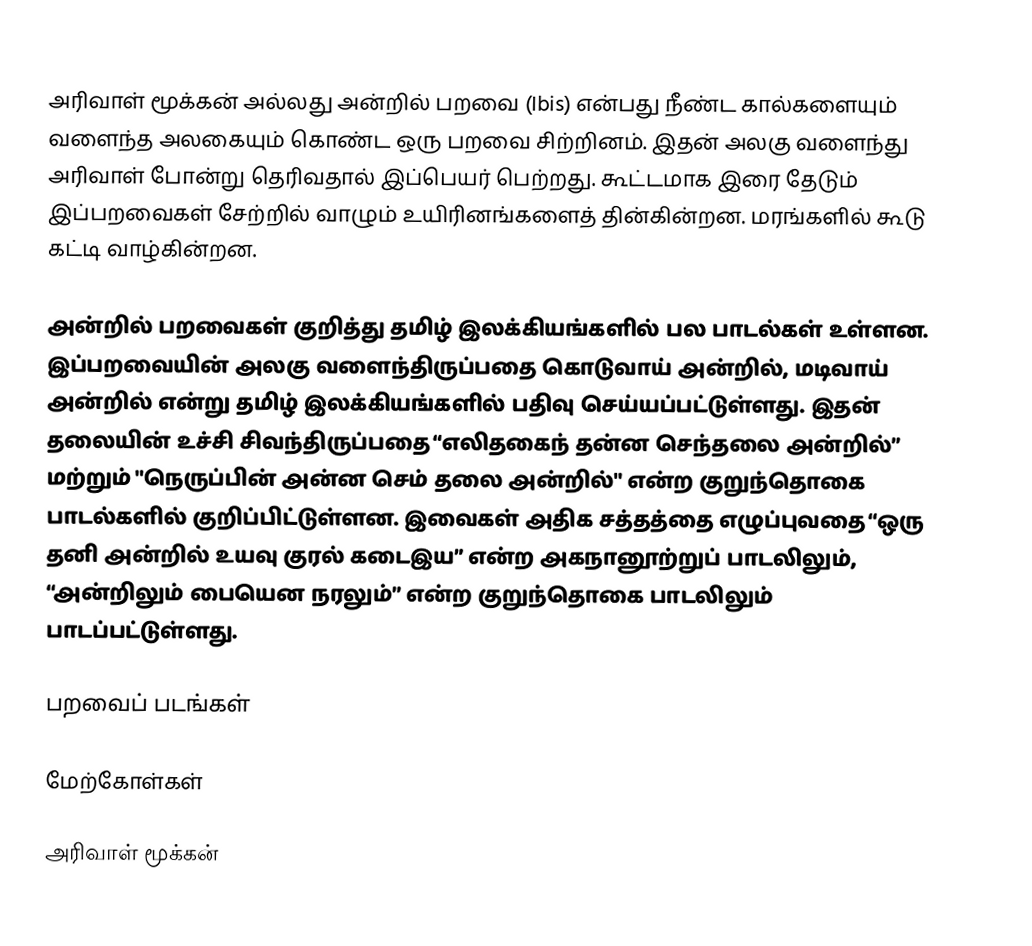
அரிவாள் மூக்கன் அல்லது அன்றில் பறவை (Ibis) என்பது நீண்ட கால்களையும் வளைந்த அலகையும் கொண்ட ஒரு பறவை  சிற்றினம். இதன் அலகு வளைந்து அரிவாள் போன்று தெரிவதால் இப்பெயர் பெற்றது. கூட்டமாக இரை தேடும் இப்பறவைகள் சேற்றில் வாழும் உயிரினங்களைத் தின்கின்றன. மரங்களில் கூடு கட்டி வாழ்கின்றன.

அன்றில் பறவைகள் குறித்து தமிழ் இலக்கியங்களில் பல பாடல்கள் உள்ளன. இப்பறவையின் அலகு வளைந்திருப்பதை கொடுவாய் அன்றில், மடிவாய் அன்றில் என்று தமிழ் இலக்கியங்களில் பதிவு செய்யப்பட்டுள்ளது. இதன் தலையின் உச்சி சிவந்திருப்பதை “எலிதகைந் தன்ன செந்தலை அன்றில்” மற்றும் "நெருப்பின் அன்ன செம் தலை அன்றில்" என்ற குறுந்தொகை பாடல்களில் குறிப்பிட்டுள்ளன. இவைகள் அதிக சத்தத்தை எழுப்புவதை “ஒரு தனி அன்றில் உயவு குரல் கடைஇய” என்ற அகநானூற்றுப் பாடலிலும், “அன்றிலும் பையென நரலும்” என்ற குறுந்தொகை பாடலிலும் பாடப்பட்டுள்ளது.

பறவைப் படங்கள்

மேற்கோள்கள்

அரிவாள் மூக்கன்